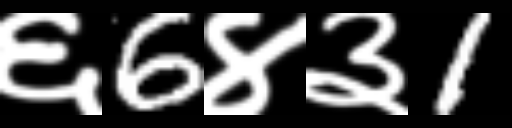
Text: ६6४३1